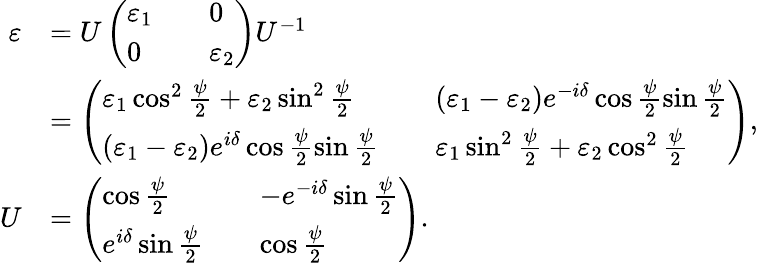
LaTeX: \begin{array}{rl}{\varepsilon}&{=U\left(\begin{array}{lll}{\varepsilon_{1}}&&{0}\\ {0}&&{\varepsilon_{2}}\end{array}\right)U^{-1}}\\ &{=\left(\begin{array}{lll}{\varepsilon_{1}\cos^{2}\frac{\psi}{2}+\varepsilon_{2}\sin^{2}\frac{\psi}{2}}&&{(\varepsilon_{1}-\varepsilon_{2})e^{-i\delta}\cos\frac{\psi}{2}\sin\frac{\psi}{2}}\\ {(\varepsilon_{1}-\varepsilon_{2})e^{i\delta}\cos\frac{\psi}{2}\sin\frac{\psi}{2}}&&{\varepsilon_{1}\sin^{2}\frac{\psi}{2}+\varepsilon_{2}\cos^{2}\frac{\psi}{2}}\end{array}\right),}\\ {U}&{=\left(\begin{array}{lll}{\cos\frac{\psi}{2}}&&{-e^{-i\delta}\sin\frac{\psi}{2}}\\ {e^{i\delta}\sin\frac{\psi}{2}}&&{\cos\frac{\psi}{2}}\end{array}\right).}\end{array}